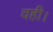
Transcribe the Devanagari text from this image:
वही।